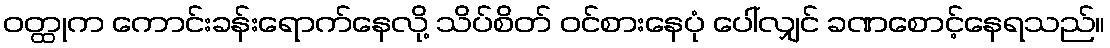
ဝတ္ထုက ကောင်းခန်းရောက်နေလို့ သိပ်စိတ် ဝင်စားနေပုံ ပေါ်လျှင် ခဏစောင့်နေရသည်။